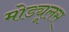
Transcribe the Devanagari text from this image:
मोड्यूलस